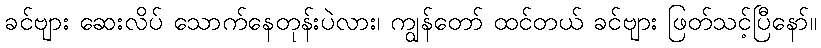
ခင်ဗျား ဆေးလိပ် သောက်နေတုန်းပဲလား၊ ကျွန်တော် ထင်တယ် ခင်ဗျား ဖြတ်သင့်ပြီနော်။